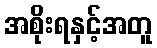
အစိုးရနှင့်အတူ